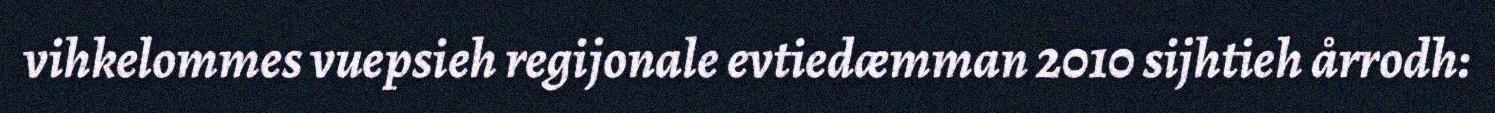
vihkelommes vuepsieh regijonale evtiedæmman 2010 sijhtieh årrodh: